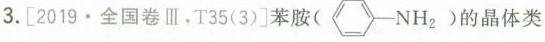
3.[2019·全国卷Ⅲ，T35(3)]苯胺的晶体类